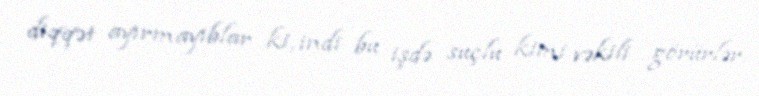
diqqət ayırmayıblar ki, indi bu işdə suçlu kimi vəkili görürlər.